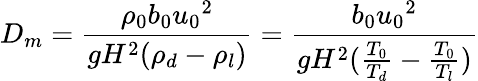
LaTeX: D_{m}=\frac{\rho_{0}b_{0}{u_{0}}^{2}}{gH^{2}(\rho_{d}-\rho_{l})}=\frac{b_{0}{u_{0}}^{2}}{gH^{2}(\frac{T_{0}}{T_{d}}-\frac{T_{0}}{T_{l}})}